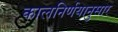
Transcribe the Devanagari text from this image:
कालनिर्णयानुसार